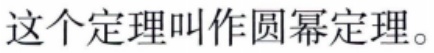
这个定理叫作圆幂定理。